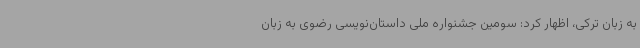
به زبان ترکی، اظهار کرد: سومین جشنواره ملی داستان‌نویسی رضوی به زبان